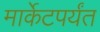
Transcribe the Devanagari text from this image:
मार्केटपर्यंत